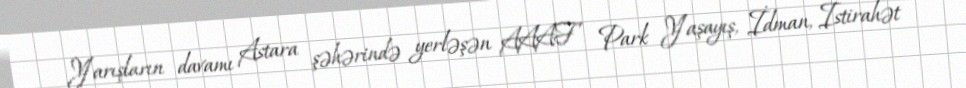
Yarışların davamı Astara şəhərində yerləşən AAAF Park Yaşayış, İdman, İstirahət